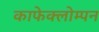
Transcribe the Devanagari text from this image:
काफेक्लोम्पन